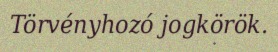
Törvényhozó jogkörök.